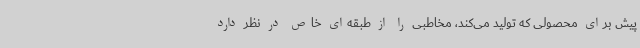
پیش برای محصولی که تولید می‌کند، مخاطبی را از طبقه‌ای خاص در نظر دارد